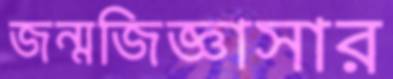
জন্মজিজ্ঞাসার